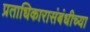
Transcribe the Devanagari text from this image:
प्रताधिकारासंबंधीच्या